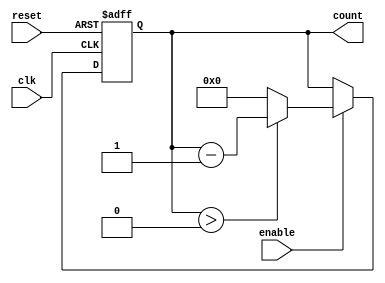
module down_counter (
    input wire clk,         // Clock input
    input wire enable,      // Enable signal for counting down
    input wire reset,       // Asynchronous reset signal
    output reg [3:0] count  // 4-bit counter output
);

    // Define maximum count value for a 4-bit counter
    localparam MAX_COUNT = 4'b1111; // 15 in decimal

    // Always block for synchronous logic
    always @(posedge clk or posedge reset) begin
        if (reset) begin
            // Asynchronous reset to maximum count
            count <= MAX_COUNT;
        end else if (enable) begin
            // Decrement the count when enabled
            if (count > 0) begin
                count <= count - 1;
            end else begin
                // Optionally wrap around to MAX_COUNT or stay at 0
                count <= 0; // Stay at 0, change to MAX_COUNT if wrap around is desired
            end
        end
        // If enable is low, count retains its value (no action required)
    end

endmodule